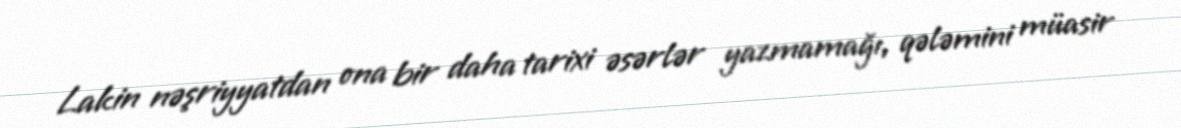
Lakin nəşriyyatdan ona bir daha tarixi əsərlər yazmamağı, qələmini müasir